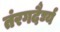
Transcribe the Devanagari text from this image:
तंरगदैर्घ्य